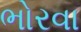
ભોરવા